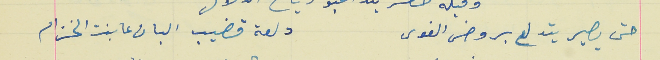
حتى يصير يتدلع بروض الغوى                                دلعة قضيب البان عا بنت الخزام